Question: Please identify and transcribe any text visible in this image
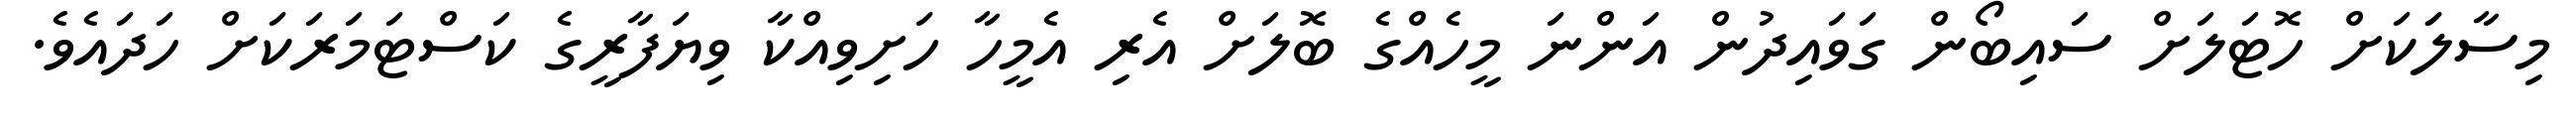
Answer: މިސާލަަކަށް ހޮޓަލަށް ސައިބޯން ގަވައިދުން އަންނަ މީހެއްގެ ބޮލަށް އެރި އެމީހާ ހަށިވިއްކާ ވިޔަފާރީގެ ކަސްޓަމަރަކަށް ހަދައެވެ.